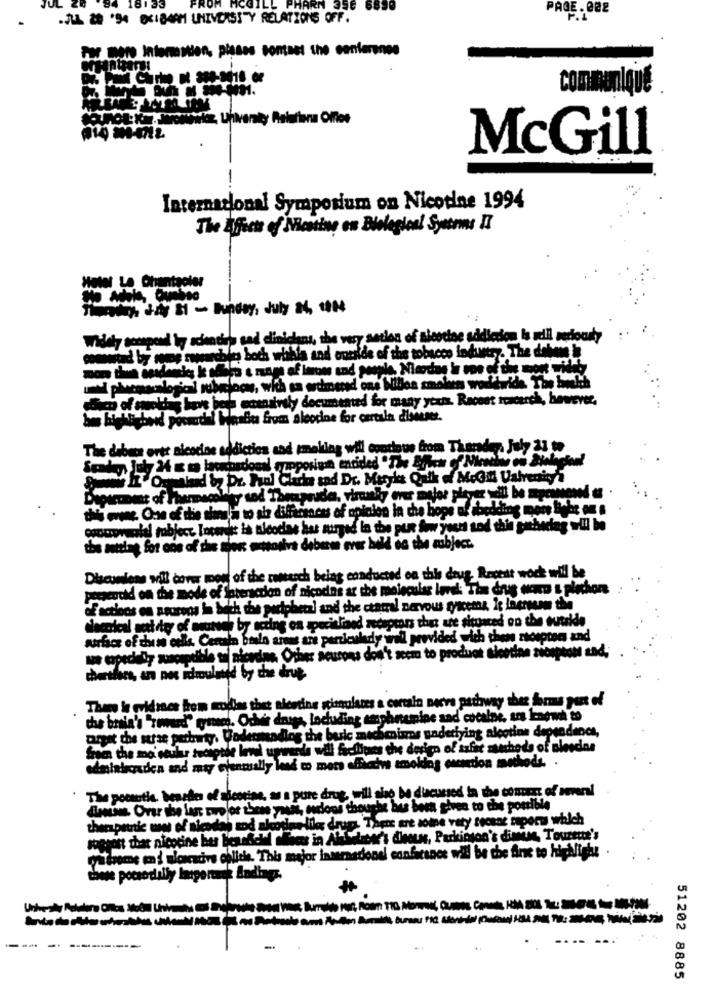
18133
HARN 356 6899
PAGE. 002
.JUL 20 '94 0X184AM UNIVERSITY RELATIONS OFF.
F.L
For more Information, plasss sontset the centeranes
communiqué
McGill
International Symposium on Nicotine 1994
Hotel Le Chantacier
Widely scrapead ly scientiso sad clinicians, the very setion of nicotine addiction Is adil reciously
archie both whbis and oneside of the tobacco industry. The dobene be
ah enenstraly documented for many years. Recent rcacerch, however,
bes highliebend possode! Wasbu from aleodne for cartaln disouser.
The dabes orte nicodine addiction and smoking will evertoue from Thande . July 21
dacha sad Dr. Maryks Quik of McGill Valvenings
mila to abs differences of apiclon la the hops af shedding more Bebe on s
wwwcoralal robject. Intani is ticocias has surged la the pun for yourt sod thin gathering wil be
the atting for one of the gior octolivs deberes ever bold es the subject.
Discunions will cover mon of the rwmarch belag conducted on this drug. Recent wock will be
precodid on the mode of foteraction of nicodns at the moleculse lovak: The drug wano & plechon
Eactions on neurons in bath the peripheral and the central nervous syacemas it laengere
daccical next day of amutvel by acting on specitliand receptors that are situated on the outside
surface of this cells. Certain bralo arens ans parkenindywi
will provided with then recepten and
we topedelly susceptible to nicecias. Other seurons don't seem to product sicedinn sicepton and.
chersfees, an pos idmoulete
Than le evidmes hem modims thet alentine simulates a certain necvs pathway thez brus port of
the banla's "Toward" quem. Odwir drugs, loduding amphnumipe sad cocalne, sos know to
carpet the strze perhry. Dodetneading the beric mechanisms underlying alcotine dependence,
edminieraden and may elentually lend co mors offactive smoking encation methods. .
The porsutie. benedies of nicotine, as a pure drug, will also be discussed in the comers of mmerl
dressis. Over the last twoloe these youni, osclons thought buus been given to the ponible
thepatric www of Neoda) tod nicotinelile drugs. There are some vety recent raporu which
pra drome en i wiencacivs colitis. This major international canfarance will be the Ante to highlight
these pocsodelly langerak Andings.
----
51202 8885